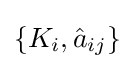
\{K_{i},{\hat {a}}_{ij}\}